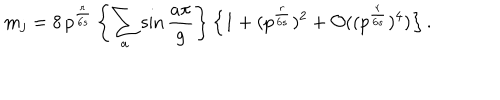
LaTeX: m _ { j } = 8 \, p ^ { \frac { r } { 6 s } } \left\{ \sum _ { a } \sin \frac { a \pi } { g } \right\} \left\{ 1 + ( p ^ { \frac { r } { 6 s } } ) ^ { 2 } + { \mathcal O } ( ( p ^ { \frac { r } { 6 s } } ) ^ { 4 } ) \right\} .